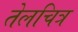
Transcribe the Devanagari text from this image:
तेलचित्र